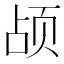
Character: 𬱗